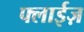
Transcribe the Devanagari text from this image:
फ्लाईज़